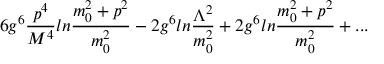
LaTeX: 6 g ^ { 6 } { \frac { p ^ { 4 } } { M ^ { 4 } } } l n { \frac { m _ { 0 } ^ { 2 } + p ^ { 2 } } { m _ { 0 } ^ { 2 } } } - 2 g ^ { 6 } l n { \frac { \Lambda ^ { 2 } } { m _ { 0 } ^ { 2 } } } + 2 g ^ { 6 } l n { \frac { m _ { 0 } ^ { 2 } + p ^ { 2 } } { m _ { 0 } ^ { 2 } } } + . . .